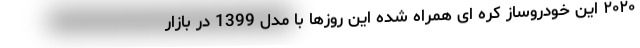
۲۰۲۰ این خودروساز کره ای همراه شده این روزها با مدل 1399 در بازار